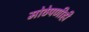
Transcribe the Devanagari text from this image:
मोठेपणीही